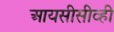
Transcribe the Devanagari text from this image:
आयसीसीव्ही